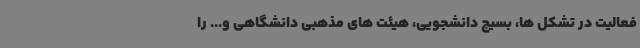
فعالیت در تشکل ها، بسیج دانشجویی، هیئت های مذهبی دانشگاهی و... را